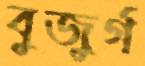
বুজুর্গ